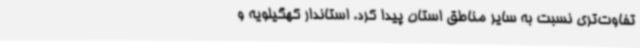
تفاوت‌تری نسبت به سایر مناطق استان پیدا کرد. استاندار کهگیلویه و